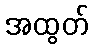
အထွတ်